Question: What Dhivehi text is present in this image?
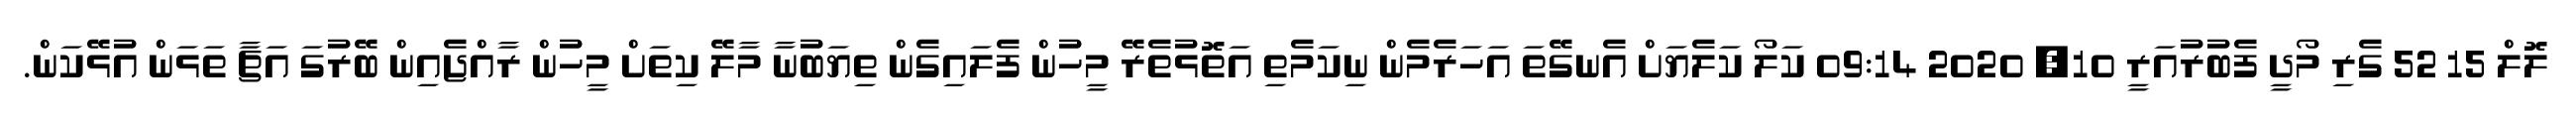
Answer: ލޮލް 15 52 ގެރި މޯދީ ފެބުރުއަރީ 10, 2020 09:14 ކަލޯ ކަލެޔަށް އެނގޭތަ އަހަރެމެން ނިކަމެތި އަތޮޅުތެރޭ މީހުން ފެލައިގެން ތިޔަބުނާ މާލޭ ކިތަށް މީހުން ރާއްޖެއިން ބޭރުގަ އަޗާ ތަޅަން އުޅޭކަން.